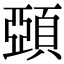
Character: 𩓩